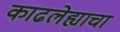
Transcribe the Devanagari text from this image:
काढलेह्याचा